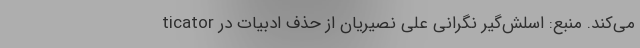
ticator می‌کند. منبع: اسلش‌گیر نگرانی علی نصیریان از حذف ادبیات در